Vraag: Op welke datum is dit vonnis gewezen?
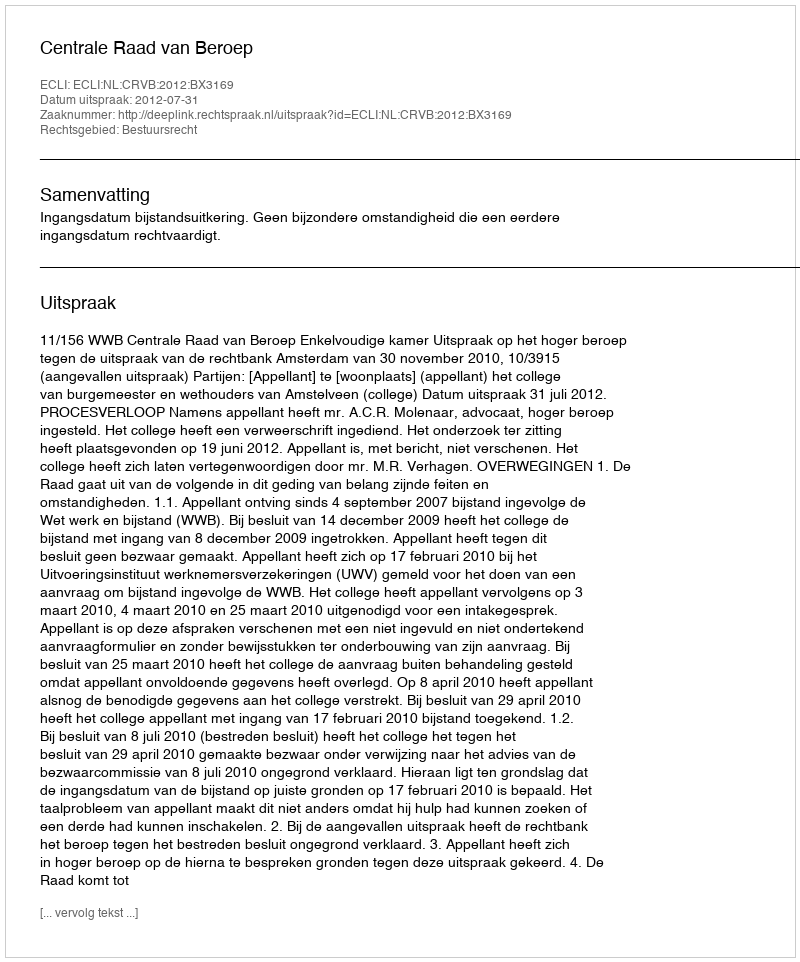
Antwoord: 2012-07-31